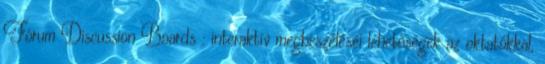
Fórum Discussion Boards : interaktív megbeszéléséi lehetőségek az oktatókkal,